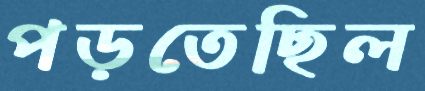
পড়তেছিল